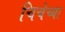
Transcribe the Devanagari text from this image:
चिचेच्या